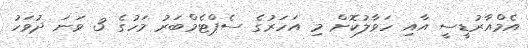
އެމްއާރުޑީސީ އާއި ހަވާލުކޮށް މި އަހަރުގެ ސެޕްޓެމްބަރު މަހުގެ 3 ވަނަ ދުވަހު